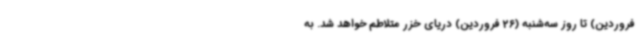
فروردین) تا روز سه‌شنبه (26 فروردین) دریای خزر متلاطم خواهد شد. به